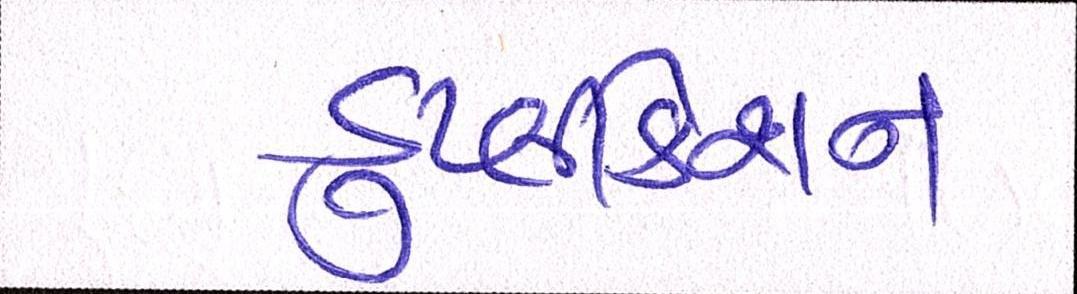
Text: ડુપ્લીકેશન